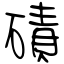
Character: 磧